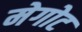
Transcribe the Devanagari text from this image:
मेगोट